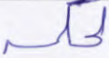
لحكمه